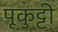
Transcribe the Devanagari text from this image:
पूकुट्टी